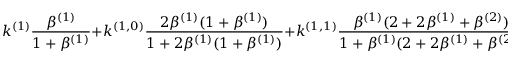
k ^ { ( 1 ) } \frac { \beta ^ { ( 1 ) } } { 1 + \beta ^ { ( 1 ) } } + k ^ { ( 1 , 0 ) } \frac { 2 \beta ^ { ( 1 ) } ( 1 + \beta ^ { ( 1 ) } ) } { 1 + 2 \beta ^ { ( 1 ) } ( 1 + \beta ^ { ( 1 ) } ) } + k ^ { ( 1 , 1 ) } \frac { \beta ^ { ( 1 ) } ( 2 + 2 \beta ^ { ( 1 ) } + \beta ^ { ( 2 ) } ) } { 1 + \beta ^ { ( 1 ) } ( 2 + 2 \beta ^ { ( 1 ) } + \beta ^ { ( 2 ) } ) } = 1